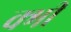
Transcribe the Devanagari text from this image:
क्भी